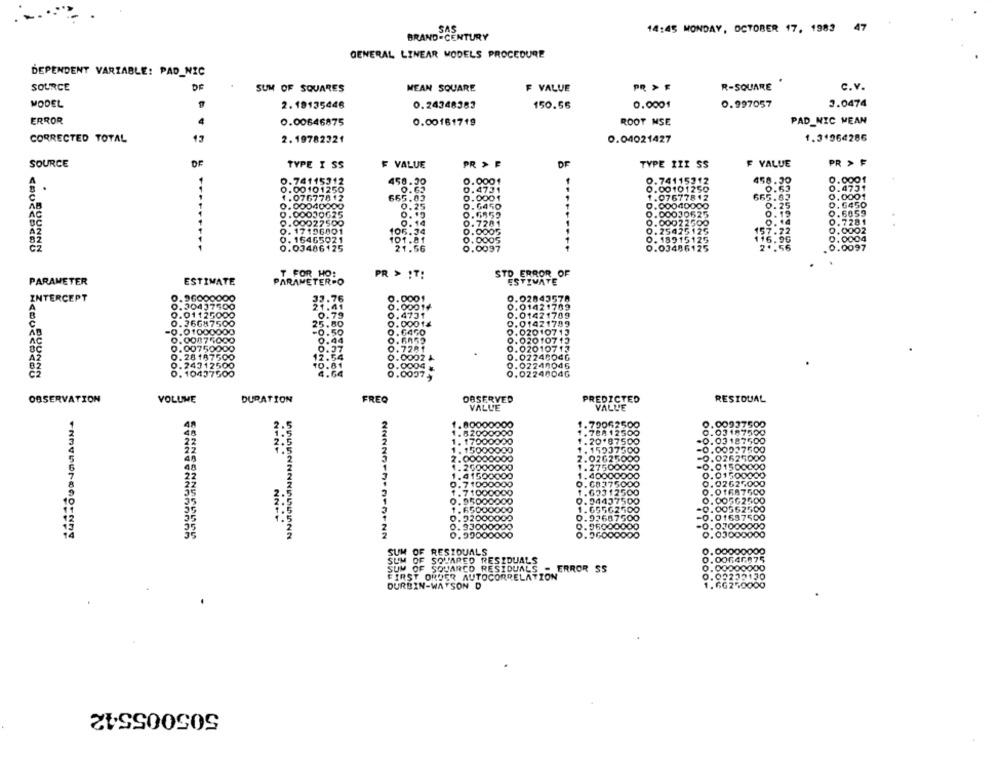
SAS
14:45 MONDAY, OCTOBER 17, 1983 47
BRAND-CENTURY
GENERAL LINEAR MODELS PROCEDURE
DEPENDENT VARIABLE: PAD_NIC
SOURCE
DE
SUM OF SQUARES
MEAN SQUARE
F VALUE
PR > F
R-SQUARE
c.v.
MODEL
2.19135446
0.24348383
150.56
0.0001
0.997057
3.0474
ERROR
0.00646875
ROOT MSE
PAD_NIC MEAN
0.00181719
1.31964286
CORRECTED TOTAL
13
2. 19782321
0.04021427
SOURCE
OF
TYPE I SS
F VALUE
PR > F
TYPE III SS
F VALUE
PR > F
0.741153
450.30
0.0001
0.74115312
458.30
0.0001
. 00 101250
0.4731
0.00101250
0.63
0.4731
.07677812
665.05
0.0001
1.07677812
665.63
0.0001
00040000
0.25
0.6450
0.00040000
0.25
0.6450
00030025
0 00030625
0.6059
7500
0.6955
0.00022500
0.14
0.19
0.7281
0.7281
17.
96001
05.34
0.0005
0. 25475175
157.72
0.0002
0. 16465021
0.0005
0. 18915125
116.96
0. 0004
0.03486125
OON
0.0097
0.03486125
2 .. 56
0.0097
T FOR HO:
PR > IT:
STD ERROR_OF
PARAMETER
ESTIMATE
PARAMETER-O
ESTIMATE
960000
.0001
2.02843578
INTERCEPT
33.76
043750
21.41
0,0001⑈
0.01421709
11250
0.79
. 4731
0.01421709
668750
25.80
0.00014
0.01421799
0.01000000
-0.50
0.02010713
0.0
0.44
0.020107 13
O.
.7281
O.
12.54
1.0002
0.07246040
O.
10.81
0.02248046
4.64
0.02248046
0.0007
OBSERVATION
VOLUME
DURATION
FREQ
DESERVED
PREDICTED
RESIDUAL
VALL'E
VALLE
. 80000
. 79062500
0.00937500
BA 12500
0.03187500
10.87500
.0.03187500
59375
-0.00027500
2. 00000000
3262
2627000
1. 26000000
1. 27500000
-0.01500000
41500000
1. 40000000
0.01500000
7 1000000
O. C
75000
0.02625000
1.71000000
12500
0. 01687500
0.95000000
9.94437500
0.00562500
.65000000
1.65562500
-0.00562500
0.93687500
-0.01697500
....
0. 22000009
0.96000000
-0.07000000
0.9900000
0.03000000
SUM OF RESIDUALS
1.00
SUM OF SQUARED RESIDUALS
0.00
SUM OF SQUARCO RESIDUALS - ERROR SS
0.0
FIRST ORDER AUTOCORRELATION
2130
DURBIN-WATSON D
505005542